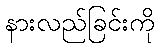
နားလည်ခြင်းကို